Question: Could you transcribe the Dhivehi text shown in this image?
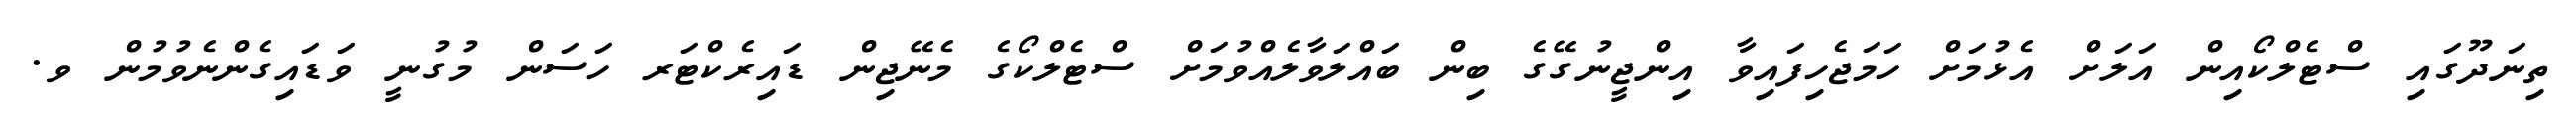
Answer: ތިނަދޫގައި ސްޓެލްކޯއިން އަލަށް އެޅުމަށް ހަމަޖެހިފައިވާ އިންޖީނުގޭގެ ބިން ބައްލަވާލެއްވުމަށް ސްޓެލްކޯގެ މެނޭޖިން ޑައިރެކްޓަރ ހަސަން މުގުނީ ވަޑައިގެންނެވުމުން ވ.